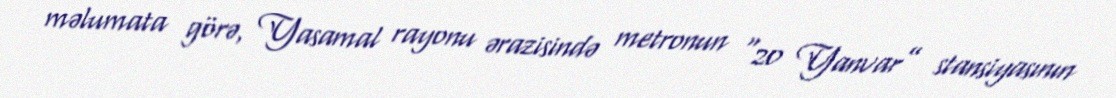
məlumata görə, Yasamal rayonu ərazisində metronun “20 Yanvar” stansiyasının